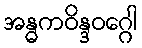
အန္ဓကဝိန္ဒဝဂ္ဂေါ